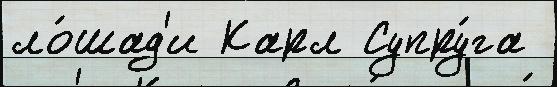
ло́шад'и Карл Супру́га